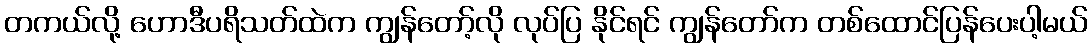
တကယ်လို့ ဟောဒီပရိသတ်ထဲက ကျွန်တော့်လို လုပ်ပြ နိုင်ရင် ကျွန်တော်က တစ်ထောင်ပြန်ပေးပါ့မယ်